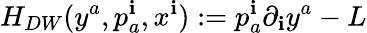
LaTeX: H_{DW}(y^{a},p_{a}^{\mathbf{i}},x^{\mathbf{i}}):=p_{a}^{\mathbf{i}}\partial_{\mathbf{i}}y^{a}-L